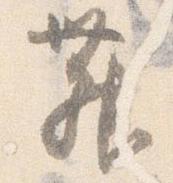
舞